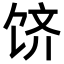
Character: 𬲶